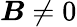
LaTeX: {\boldsymbol{B}}\neq 0